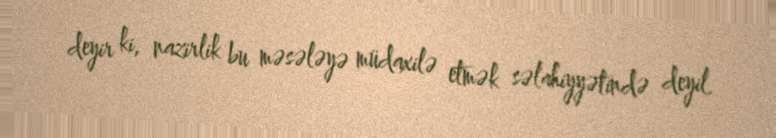
deyir ki, nazirlik bu məsələyə müdaxilə etmək səlahiyyətində deyil.